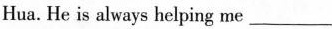
Hua. He is always helping me___